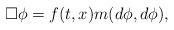
LaTeX: \begin{align*}\Box \phi = f(t,x) m(d \phi,d \phi),\end{align*}